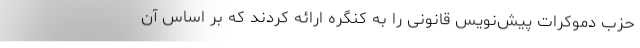
حزب دموکرات پیش‌نویس قانونی را به کنگره ارائه کردند که بر اساس آن